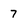
Character: 7